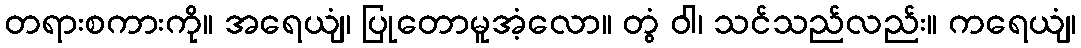
တရားစကားကို။ အရေယျံ၊ ပြုတောမူအံ့လော။ တွံ ဝါ၊ သင်သည်လည်း။ ကရေယျံ၊